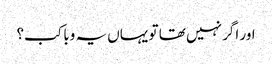
اور اگر نہیں تھا تو یہاں یہ وبا کب؟